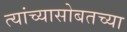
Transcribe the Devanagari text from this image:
त्यांच्यासोबतच्या